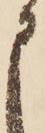
申